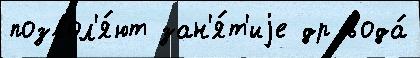
позвол'я́ют зан'я́т'иjе др вода́